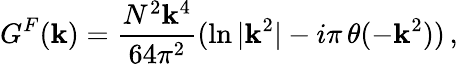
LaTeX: G^{F}(\mathbf{k})={\frac{{N^{2}\mathbf{k}^{4}}}{{64\pi^{2}}}}(\ln{|\mathbf{k}^{2}|}-i\pi\, \theta(-\mathbf{k}^{2}))\, ,